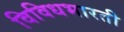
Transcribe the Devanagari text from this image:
विविधभारती